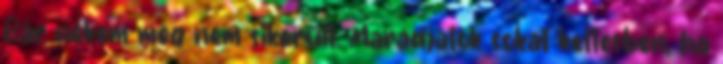
Bár nekem még nem sikerült. Maradjatok sokat kettesben, ha